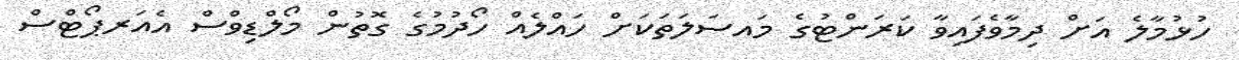
ހުޅުމާލެ އަށް ދިމާވެފައިވާ ކަރަންޓުގެ މައސަލަތަކަށް ހައްލެއް ހޯދުމުގެ ގޮތުން މޯލްޑިވްސް އެއަރޕޯޓްސް